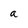
Character: a